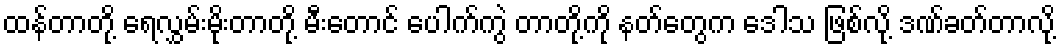
ထန်တာတို့ ရေလွှမ်းမိုးတာတို့ မီးတောင် ပေါက်ကွဲ တာတို့ကို နတ်တွေက ဒေါသ ဖြစ်လို့ ဒဏ်ခတ်တာလို့